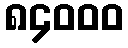
၈၄၀၀၀